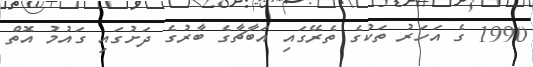
1990 ގެ އަހަރު ތަކުގެ ތެރޭގައި އަބާޗާގެ ބާރުގެ ދަށުގައި ގައުމު އޮތް